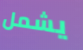
يشمل